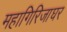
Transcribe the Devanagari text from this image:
महागिरिजाघर